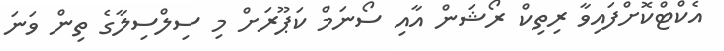
އެކްޓްކޮށްފައިވާ ރިތިކް ރޯޝަން އާއި ސޯނަމް ކަޕޫރަށް މި ސިލްސިލާގެ ތިން ވަނަ